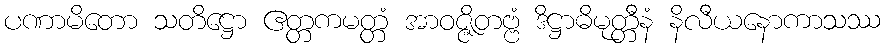
ပဏာမိတော သတိဋ္ဌော ဧတ္တကမတ္တံ အာဝဇ္ဇိတဗ္ဗံ ဒိဋ္ဌာဓိမုတ္တီနံ နိလီယနောကာသဿ